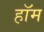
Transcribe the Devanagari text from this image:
हॉम